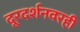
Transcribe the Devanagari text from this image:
दूरदर्शनवरही